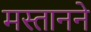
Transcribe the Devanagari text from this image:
मस्तानने